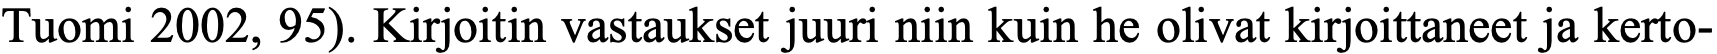
Tuomi 2002, 95). Kirjoitin vastaukset juuri niin kuin he olivat kirjoittaneet ja kerto-